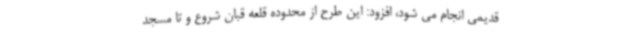
قدیمی انجام می شود، افزود: این طرح از محدوده قلعه قبان شروع و تا مسجد